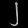
Digit: ၂